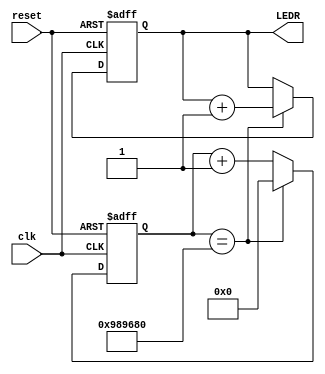

module led(
	input clk,
	input reset,
	output  [9:0]LEDR
);

reg [31:0]count_w,count_r;
reg [9:0]LED_w,LED_r;
assign LEDR = LED_r;
always@(*)begin
	if(count_r == 10000000)begin
		count_w = 0;
		LED_w = LED_r + 1;
	end
	else begin
		LED_w = LED_r;
		count_w = count_r+1;
	end
end

always @(posedge clk or negedge reset) begin
	if(!reset)begin
		count_r <= 0;
		LED_r <= 0;
	end
	else begin
		count_r <= count_w;
		LED_r <= LED_w;
	end
end



endmodule